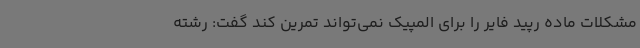
مشکلات ماده رپید فایر را برای المپیک نمی‌تواند تمرین کند گفت: رشته